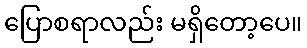
ပြောစရာလည်း မရှိတော့ပေ။